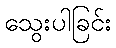
သွေးပါခြင်း